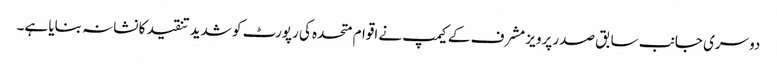
دوسری جانب سابق صدر پرویز مشرف کے کیمپ نے اقوام متحدہ کی رپورٹ کو شدید تنقید کا نشانہ بنایا ہے۔